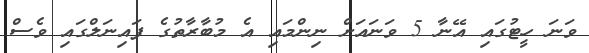
ވަނަ ހީޓުގައި އޭނާ 5 ވަނައަށް ނިންމައި އެ މުބާރާތުގެ ފައިނަލްގައި ވެސް